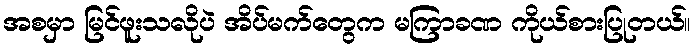
အစမှာ မြင်ဖူးသလိုပဲ အိပ်မက်တွေက မကြာခဏ ကိုယ်စားပြုတယ်။